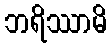
ဘရိဿာမိ